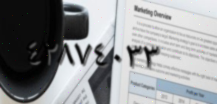
٤٢٨٧٤٠٣٣